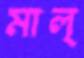
মাল্